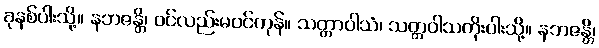
ခုနစ်ပါးသို့။ နဘဇန္တိ၊ ဝင်လည်းမဝင်ကုန်။ သတ္တာဝါသံ၊ သတ္တဝါသကိုးပါးသို့။ နဘဇန္တိ၊